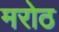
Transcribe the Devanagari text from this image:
मरोठ